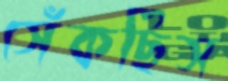
সেঁকছিস